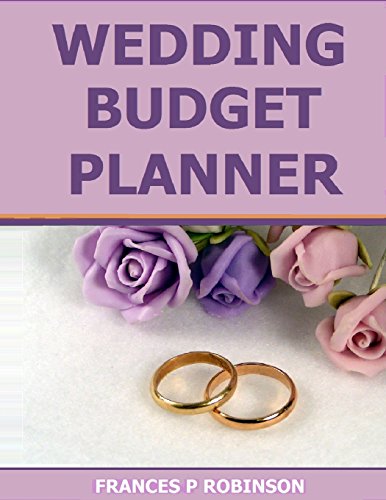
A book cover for Wedding Budget Planner; Frances P Robinson; Crafts, Hobbies & Home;